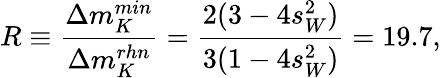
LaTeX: R\equiv\frac{\Delta m_{K}^{min}}{\Delta m_{K}^{rhn}}=\frac{2(3-4s_{W}^{2})}{3(1-4s_{W}^{2})}=19.7,